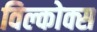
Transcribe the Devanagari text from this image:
विल्कोक्स